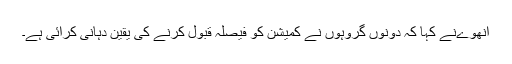
انهوےنے کہا کہ دونوں گروہوں نے کمیشن کو فیصلہ قبول کرنے کی یقین دہانی کرائی ہے۔